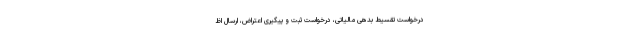
درخواست تقسیط بدهی مالیاتی، درخواست ثبت و پیگیری اعتراض، ارسال اظ